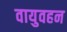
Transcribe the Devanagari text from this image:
वायुवहन